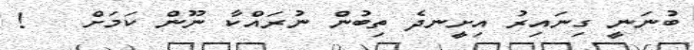
ބުނަނީ ގިނައިރު އިށީނދެ ތިބުން ނުރައްކާ ނޫން ކަމަށް   !